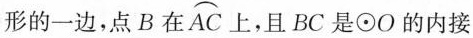
形的一边，点B在\stackrel\frown{AC}上，且BC是\odot O的内接